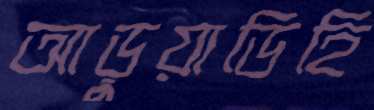
আড়ুয়াডিহি